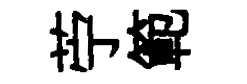
苧範